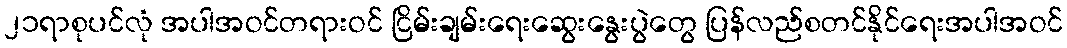
၂၁ရာစုပင်လုံ အပါအဝင်တရားဝင် ငြိမ်းချမ်းရေးဆွေးနွေးပွဲတွေ ပြန်လည်စတင်နိုင်ရေးအပါအဝင်